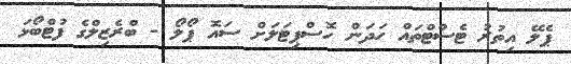
ޕެލޭ އިތުރު ޓެސްޓްތައް ހަދަން ހޮސްޕިޓަލަށް ސައޮ ޕޯލޯ - ބްރެޒިލްގެ ފުޓްބޯޅަ